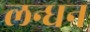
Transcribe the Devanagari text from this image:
लन्धन